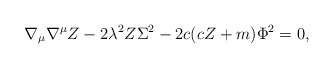
\begin{align*}\nabla_\mu \nabla ^\mu Z-2\lambda ^2Z\Sigma ^2 - 2c(cZ+m)\Phi ^2 =0,\end{align*}